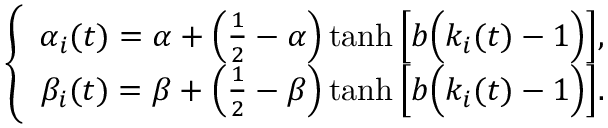
\left\{ \begin{array} { r } { \alpha _ { i } ( t ) = \alpha + \left( \frac { 1 } { 2 } - \alpha \right) \operatorname { t a n h } \Big [ b \Big ( k _ { i } ( t ) - 1 \Big ) \Big ] , } \\ { \beta _ { i } ( t ) = \beta + \left( \frac { 1 } { 2 } - \beta \right) \operatorname { t a n h } \Big [ b \Big ( k _ { i } ( t ) - 1 \Big ) \Big ] . } \end{array} \right.